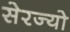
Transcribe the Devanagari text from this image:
सेरज्यो